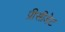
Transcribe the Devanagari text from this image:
प्रीसीडेट